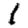
Digit: 1